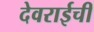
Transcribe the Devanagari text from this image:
देवराईची